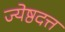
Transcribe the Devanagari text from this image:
ज्येष्ठदत्त